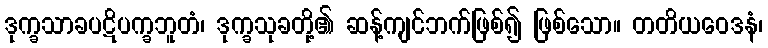
ဒုက္ခသာခပဋိပက္ခဘူတံ၊ ဒုက္ခသုခတို့၏ ဆန့်ကျင်ဘက်ဖြစ်၍ ဖြစ်သော။ တတိယဝေဒနံ၊